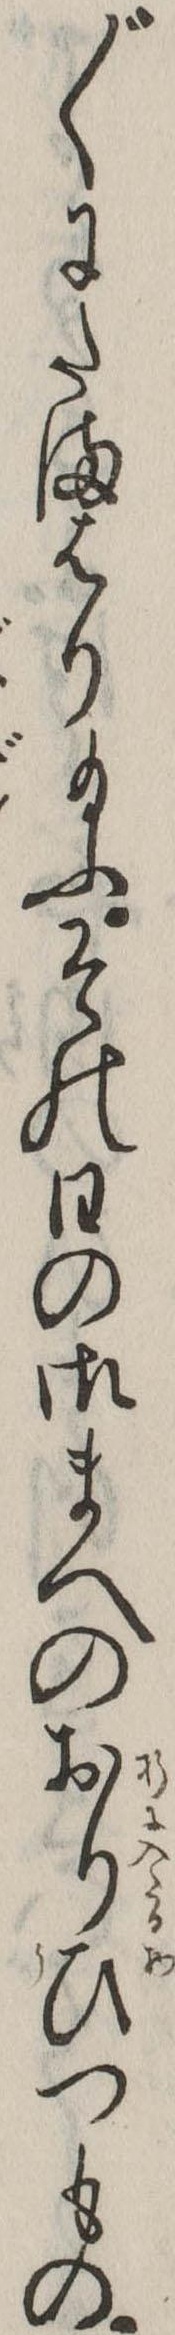
〲にたまはり給ふその日の御まへのおりひつもの